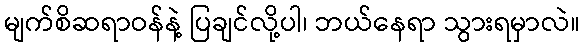
မျက်စိဆရာဝန်နဲ့ ပြချင်လို့ပါ၊ ဘယ်နေရာ သွားရမှာလဲ။